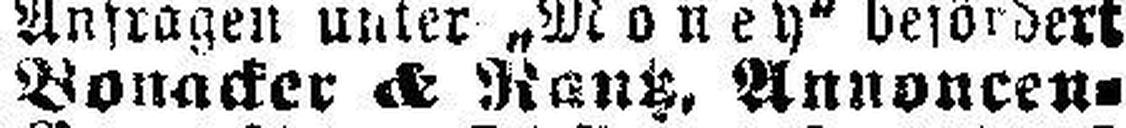
Bonacker & Rantz, Annoncen